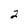
Character: 2